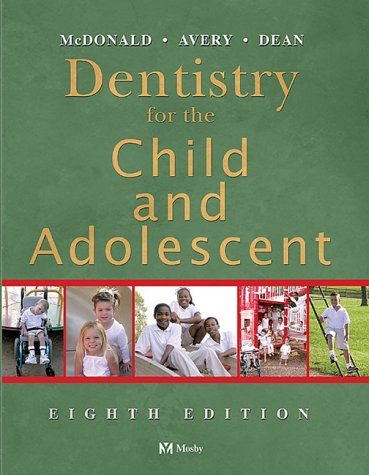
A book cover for Dentistry for the Child and Adolescent, 8e; Ralph E. McDonald DDS  MS  LLD; Medical Books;